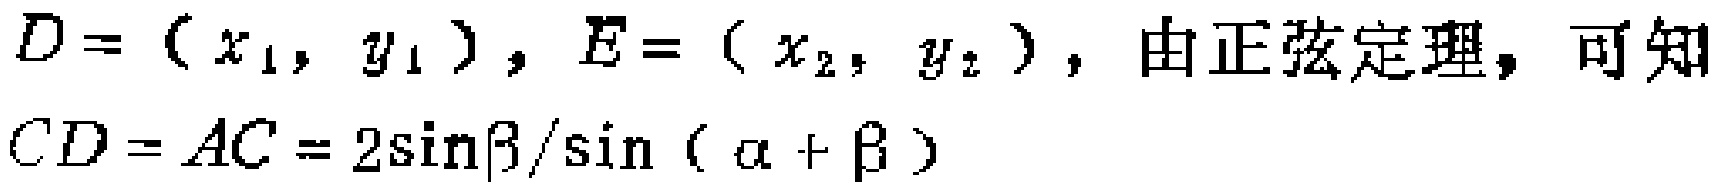
$D=(x_1, y_1), E=(x_2, y_2), 由正弦定理, 可知\\ CD = AC = 2\sin\beta/\sin(\alpha + \beta)$